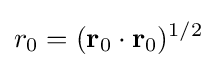
r_{0}=(\mathbf {r} _{0}\cdot \mathbf {r} _{0})^{1/2}